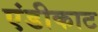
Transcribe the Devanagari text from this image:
एंडीकाट